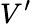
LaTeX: V^{\prime}